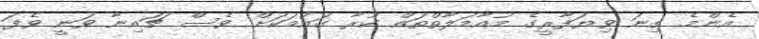
އެންމެ ގިނަ ވިޔަފާރީގެ މުއާމަލާތްތައް ކުރާ ގައުމަކަށް ވެސް ޗައިނާ ވަނީ ވެފަ